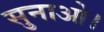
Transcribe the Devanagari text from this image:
सुनाओ।